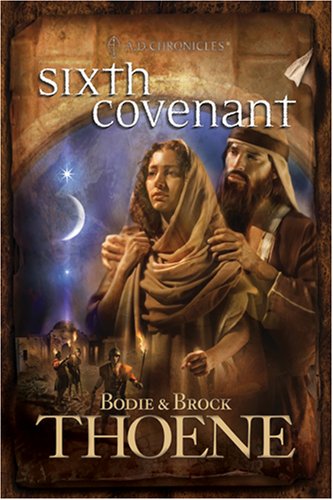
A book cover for Sixth Covenant (A. D. Chronicles, Book 6); Bodie Thoene; Religion & Spirituality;